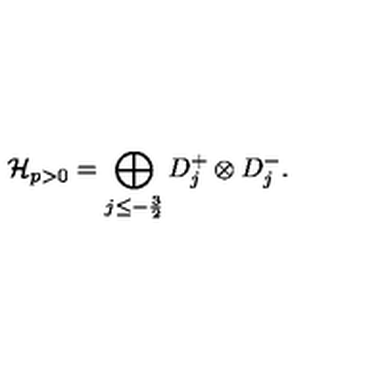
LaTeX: \mathcal { H } _ { p > 0 } = \bigoplus _ { j \leq - \frac { 3 } { 2 } } D _ { j } ^ { + } \otimes D _ { j } ^ { - } .